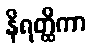
နိရတ္ထိကာ